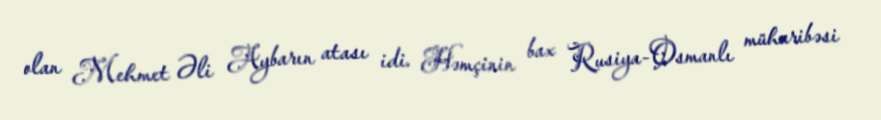
olan Mehmet Əli Aybarın atası idi. Həmçinin bax Rusiya-Osmanlı müharibəsi